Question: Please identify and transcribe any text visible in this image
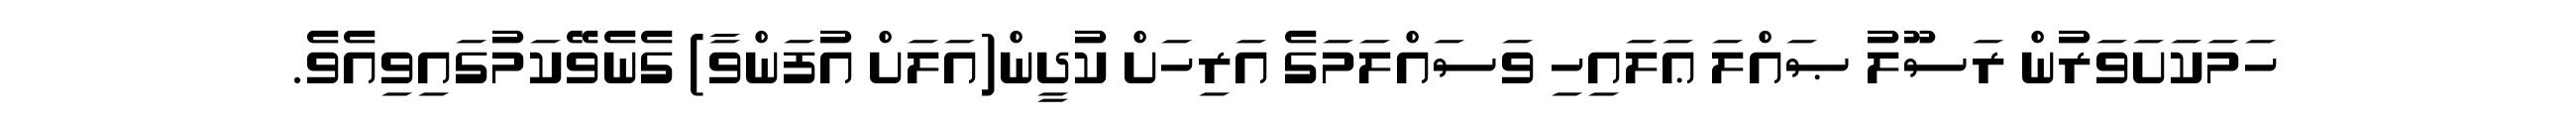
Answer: ހަމަކަށަވަރުން ރަސޫލު ޞައްލަ ޢަލައިހި ވަސައްލަމަގެ އަރިހަށް ކުދީން(އަލަށް އުފަންވާ) ގެނެވޭކަމުގައިވިއެވެ.